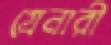
গ্রেনারী